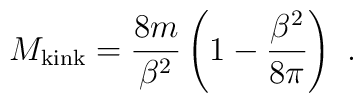
M_{\rm kink} = {8 m \over \beta^2} \left(1 - {\beta^2 \over                        8\pi}\right) \,\, .